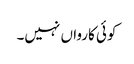
کوئی کارواں نہیں۔